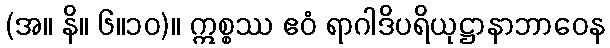
(အ။ နိ။ ၆။၁၀)။ ဣစ္စဿ ဧဝံ ရာဂါဒိပရိယုဋ္ဌာနာဘာဝေန